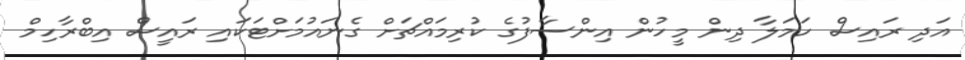
އަދި ރައިސް ހަމަލާ ދިން މީހުން އިންސާފުގެ ކުރިމައްޗަށް ގެނައުމަށްޓަކައި ރައީސް އިބްރާހިމް